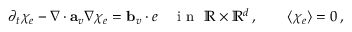
\partial _ { t } \chi _ { e } - \nabla \cdot \mathbf { a } _ { v } \nabla \chi _ { e } = \ensuremath { \mathbf { b } } _ { v } \cdot e \quad \mathrm { ~ i ~ n ~ } \ \ensuremath { \mathbb { R } } \times \ensuremath { \mathbb { R } ^ { d } } \, , \qquad \langle \chi _ { e } \rangle = 0 \, ,